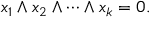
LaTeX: x _ { 1 } \wedge x _ { 2 } \wedge \cdots \wedge x _ { k } = 0 .